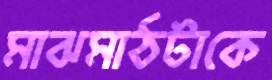
মাঝমাঠটাকে